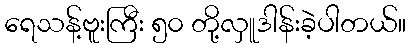
ရေသန့်ဗူးကြီး ၅၀ တို့လှူဒါန်းခဲ့ပါတယ်။